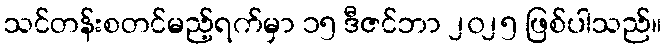
သင်တန်းစတင်မည့်ရက်မှာ ၁၅ ဒီဇင်ဘာ ၂၀၂၅ ဖြစ်ပါသည်။